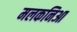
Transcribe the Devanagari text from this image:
मलकनिआ